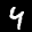
Label: 4